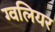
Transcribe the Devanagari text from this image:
ग्वलियर